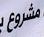
مشروع